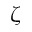
\zeta